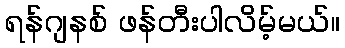
ရန်ဂျနစ် ဖန်တီးပါလိမ့်မယ်။